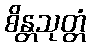
စိန္တသုတ္တံ